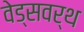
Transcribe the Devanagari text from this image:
वेड्सवर्थ